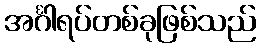
အင်္ဂါရပ်တစ်ခုဖြစ်သည်